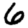
Digit: 6